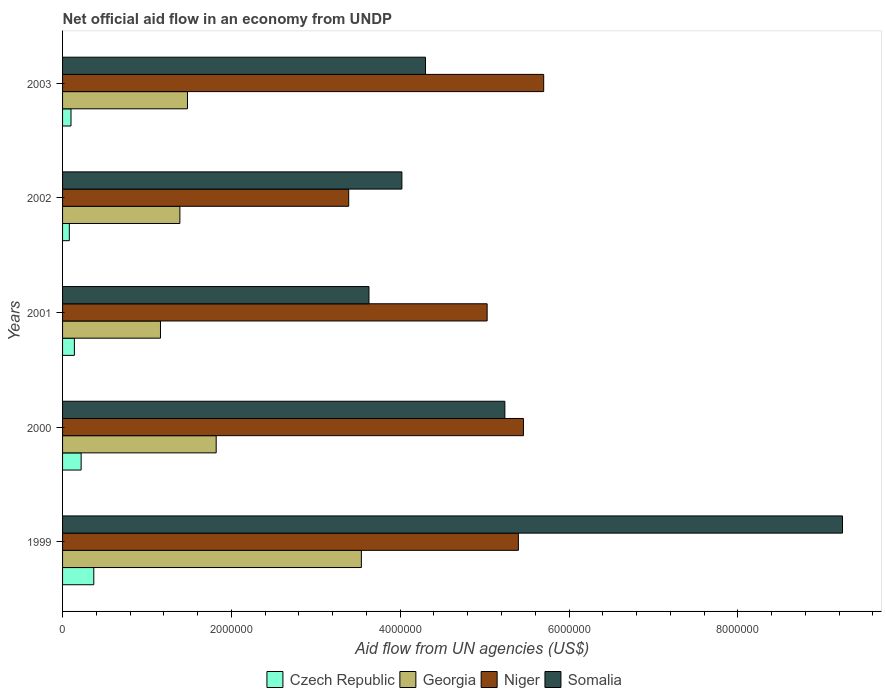
| Years | Czech Republic | Georgia | Niger | Somalia |
 | --- | --- | --- | --- | --- |
 | 1999 | 3.7e+05 | 3.54e+06 | 5.4e+06 | 9.24e+06 |
 | 2000 | 2.2e+05 | 1.82e+06 | 5.46e+06 | 5.24e+06 |
 | 2001 | 1.4e+05 | 1.16e+06 | 5.03e+06 | 3.63e+06 |
 | 2002 | 8e+04 | 1.39e+06 | 3.39e+06 | 4.02e+06 |
 | 2003 | 1e+05 | 1.48e+06 | 5.7e+06 | 4.3e+06 |